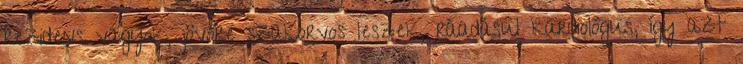
rezidens vagyok, jövőre szakorvos leszek, ráadásul kardiológus, így azt